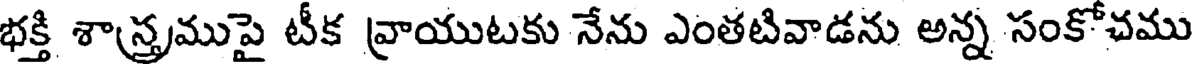
భక్తి శాస్త్రముపై టీక వ్రాయుటకు నేను ఎంతటివాడను అన్న సంకోచము